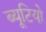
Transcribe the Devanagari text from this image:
ब्यूटियो